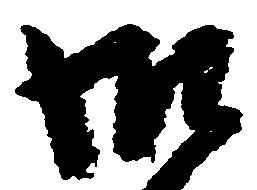
御